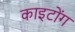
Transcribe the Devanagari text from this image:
काइटोंग